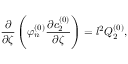
\frac { \partial } { \partial \zeta } \left( \varphi _ { n } ^ { ( 0 ) } \frac { \partial c _ { 2 } ^ { ( 0 ) } } { \partial \zeta } \right) = l ^ { 2 } Q _ { 2 } ^ { ( 0 ) } ,